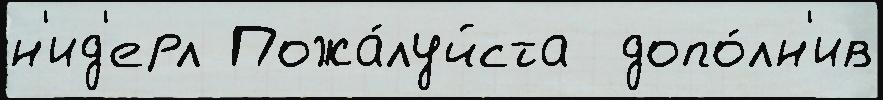
н'ид'ерл Пожа́луйста  допо́лн'ив